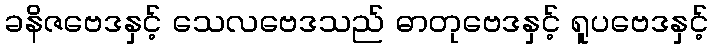
ခနိဇဗေဒနှင့် သေလဗေဒသည် ဓာတုဗေဒနှင့် ရူပဗေဒနှင့်